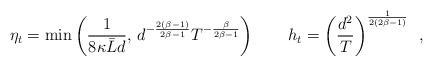
LaTeX: \begin{align*} \eta_t =\min\left(\frac{1}{8\kappa \bar{L}d},\, d^{-\frac{2(\beta-1)}{2\beta-1}}T^{-\frac{\beta}{2\beta-1}}\right) \qquad h_t = \left(\frac{d^2}{T}\right)^{\frac{1}{2(2\beta-1)}} \enspace,\end{align*}